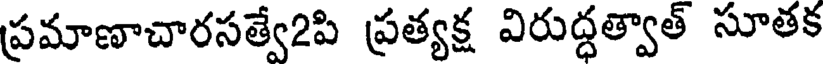
ప్రమాణాచారసత్వే2పి ప్రత్యక్ష విరుద్ధత్వాత్ సూతక